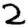
Digit: 2